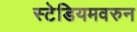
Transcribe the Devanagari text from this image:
स्टेडियमवरुन